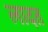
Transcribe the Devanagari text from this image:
लादत